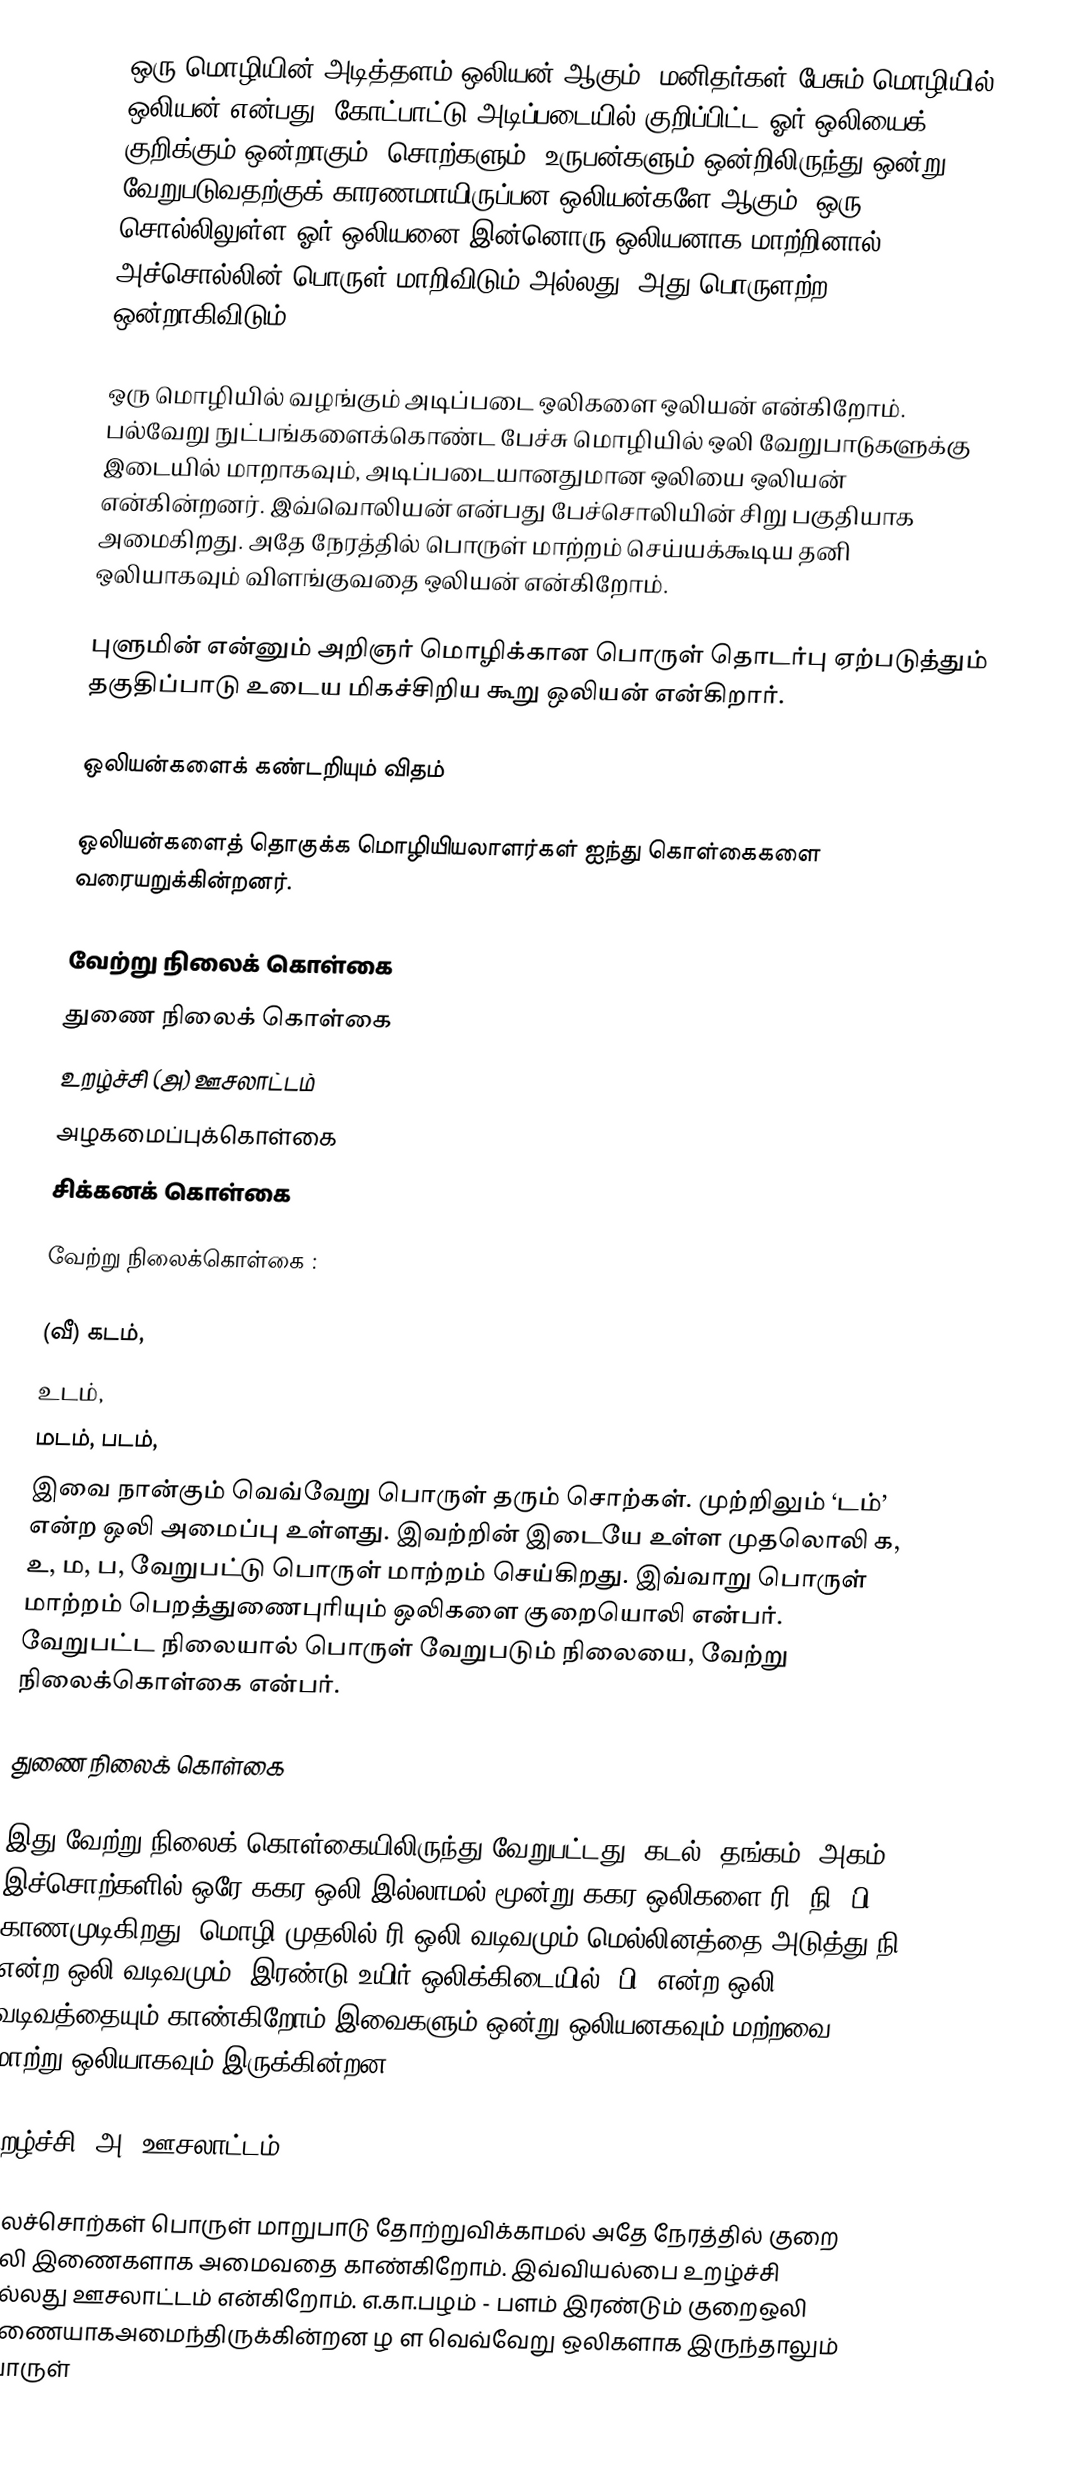
ஒரு மொழியின் அடித்தளம் ஒலியன் ஆகும். மனிதர்கள் பேசும் மொழியில் ஒலியன் என்பது, கோட்பாட்டு அடிப்படையில் குறிப்பிட்ட ஓர் ஒலியைக் குறிக்கும் ஒன்றாகும். சொற்களும், உருபன்களும் ஒன்றிலிருந்து ஒன்று வேறுபடுவதற்குக் காரணமாயிருப்பன ஒலியன்களே ஆகும். ஒரு சொல்லிலுள்ள ஓர் ஒலியனை இன்னொரு ஒலியனாக மாற்றினால் அச்சொல்லின் பொருள் மாறிவிடும் அல்லது, அது பொருளற்ற ஒன்றாகிவிடும்.

ஒரு மொழியில் வழங்கும் அடிப்படை ஒலிகளை ஒலியன் என்கிறோம்.  பல்வேறு நுட்பங்களைக்கொண்ட பேச்சு மொழியில் ஒலி வேறுபாடுகளுக்கு இடையில் மாறாகவும், அடிப்படையானதுமான ஒலியை ஒலியன் என்கின்றனர்.  இவ்வொலியன் என்பது பேச்சொலியின் சிறு பகுதியாக அமைகிறது.  அதே நேரத்தில் பொருள் மாற்றம் செய்யக்கூடிய தனி ஒலியாகவும் விளங்குவதை ஒலியன் என்கிறோம்.

புளுமின் என்னும் அறிஞர் மொழிக்கான பொருள் தொடர்பு ஏற்படுத்தும் தகுதிப்பாடு உடைய மிகச்சிறிய கூறு ஒலியன் என்கிறார்.

ஒலியன்களைக் கண்டறியும் விதம்

ஒலியன்களைத் தொகுக்க மொழியியலாளர்கள் ஐந்து கொள்கைகளை வரையறுக்கின்றனர்.

வேற்று நிலைக் கொள்கை
துணை நிலைக் கொள்கை
உறழ்ச்சி (அ) ஊசலாட்டம்
அழகமைப்புக்கொள்கை
சிக்கனக் கொள்கை

வேற்று நிலைக்கொள்கை :

(வீ)	கடம்,
	உடம்,
	மடம், படம்,
இவை நான்கும் வெவ்வேறு பொருள் தரும் சொற்கள்.  முற்றிலும் ‘டம்’ என்ற ஒலி அமைப்பு உள்ளது.  இவற்றின் இடையே உள்ள முதலொலி க, உ, ம, ப,  வேறுபட்டு பொருள் மாற்றம் செய்கிறது.  இவ்வாறு பொருள் மாற்றம் பெறத்துணைபுரியும் ஒலிகளை குறையொலி என்பர்.  வேறுபட்ட நிலையால் பொருள் வேறுபடும் நிலையை, வேற்று நிலைக்கொள்கை என்பர்.

துணை நிலைக் கொள்கை

	இது வேற்று நிலைக் கொள்கையிலிருந்து வேறுபட்டது.  கடல், தங்கம், அகம், இச்சொற்களில் ஒரே ககர ஒலி இல்லாமல் மூன்று ககர ஒலிகளை ரி. நி. பி காணமுடிகிறது.  மொழி முதலில் ரி ஒலி வடிவமும் மெல்லினத்தை அடுத்து நி என்ற ஒலி வடிவமும், இரண்டு உயிர் ஒலிக்கிடையில் ‘பி’ என்ற ஒலி வடிவத்தையும் காண்கிறோம் இவைகளும் ஒன்று ஒலியனகவும் மற்றவை மாற்று ஒலியாகவும் இருக்கின்றன.

உறழ்ச்சி (அ) ஊசலாட்டம்

	சிலச்சொற்கள் பொருள் மாறுபாடு தோற்றுவிக்காமல் அதே நேரத்தில் குறை ஒலி இணைகளாக அமைவதை காண்கிறோம்.  இவ்வியல்பை உறழ்ச்சி அல்லது ஊசலாட்டம் என்கிறோம்.  எ.கா.பழம் - பளம் இரண்டும் குறைஒலி இணையாகஅமைந்திருக்கின்றன ழ ள வெவ்வேறு ஒலிகளாக இருந்தாலும் பொருள்